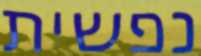
נפשית